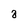
Character: 8